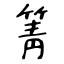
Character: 箐